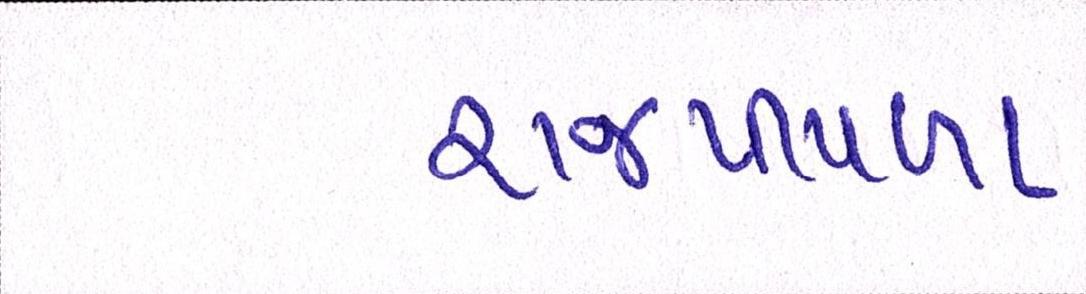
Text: રાજપીપળા